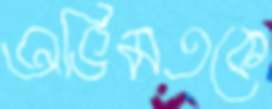
অভিমতকে